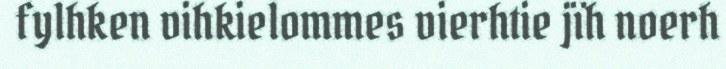
fylhken vihkielommes vierhtie jïh noerh